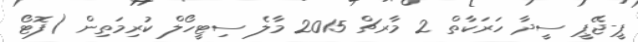
ޕީ-ޖޭޕީ ސީދާ ހަރަކާތް 2 މާރޗް 2015 މާލެ ސިޓީހޯލް ކުރިމަތިން (ފޮޓޯ